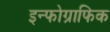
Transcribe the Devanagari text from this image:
इन्फोग्राफिक